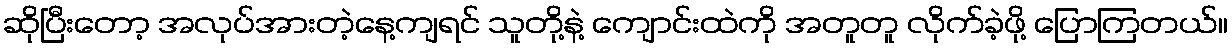
ဆိုပြီးတော့ အလုပ်အားတဲ့နေ့ကျရင် သူတို့နဲ့ ကျောင်းထဲကို အတူတူ လိုက်ခဲ့ဖို့ ပြောကြတယ်။